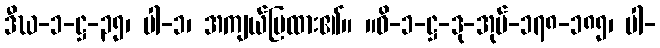
ဒီဃ-၁-ဋ္ဌ-၃၅၊ ပါ-၁၊ အကျယ်ပြထား၏။ ။ဝိ-၁-ဋ္ဌ-ဒု-အုပ်-၁၇၈-၁၈၅၊ ပါ-